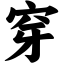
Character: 穿